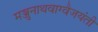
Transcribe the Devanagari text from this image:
मञ्जुनाथवाग्वैजयंती